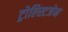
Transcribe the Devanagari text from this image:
ट्रोल्स्टिजेन